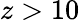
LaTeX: z>10